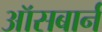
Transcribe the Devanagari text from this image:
ऑसबार्न